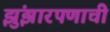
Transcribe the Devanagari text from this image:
झुंझारपणाची